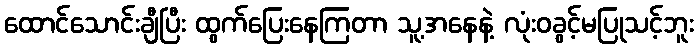
ထောင်သောင်းချီပြီး ထွက်ပြေးနေကြတာ သူ့အနေနဲ့ လုံးဝခွင့်မပြုသင့်ဘူး